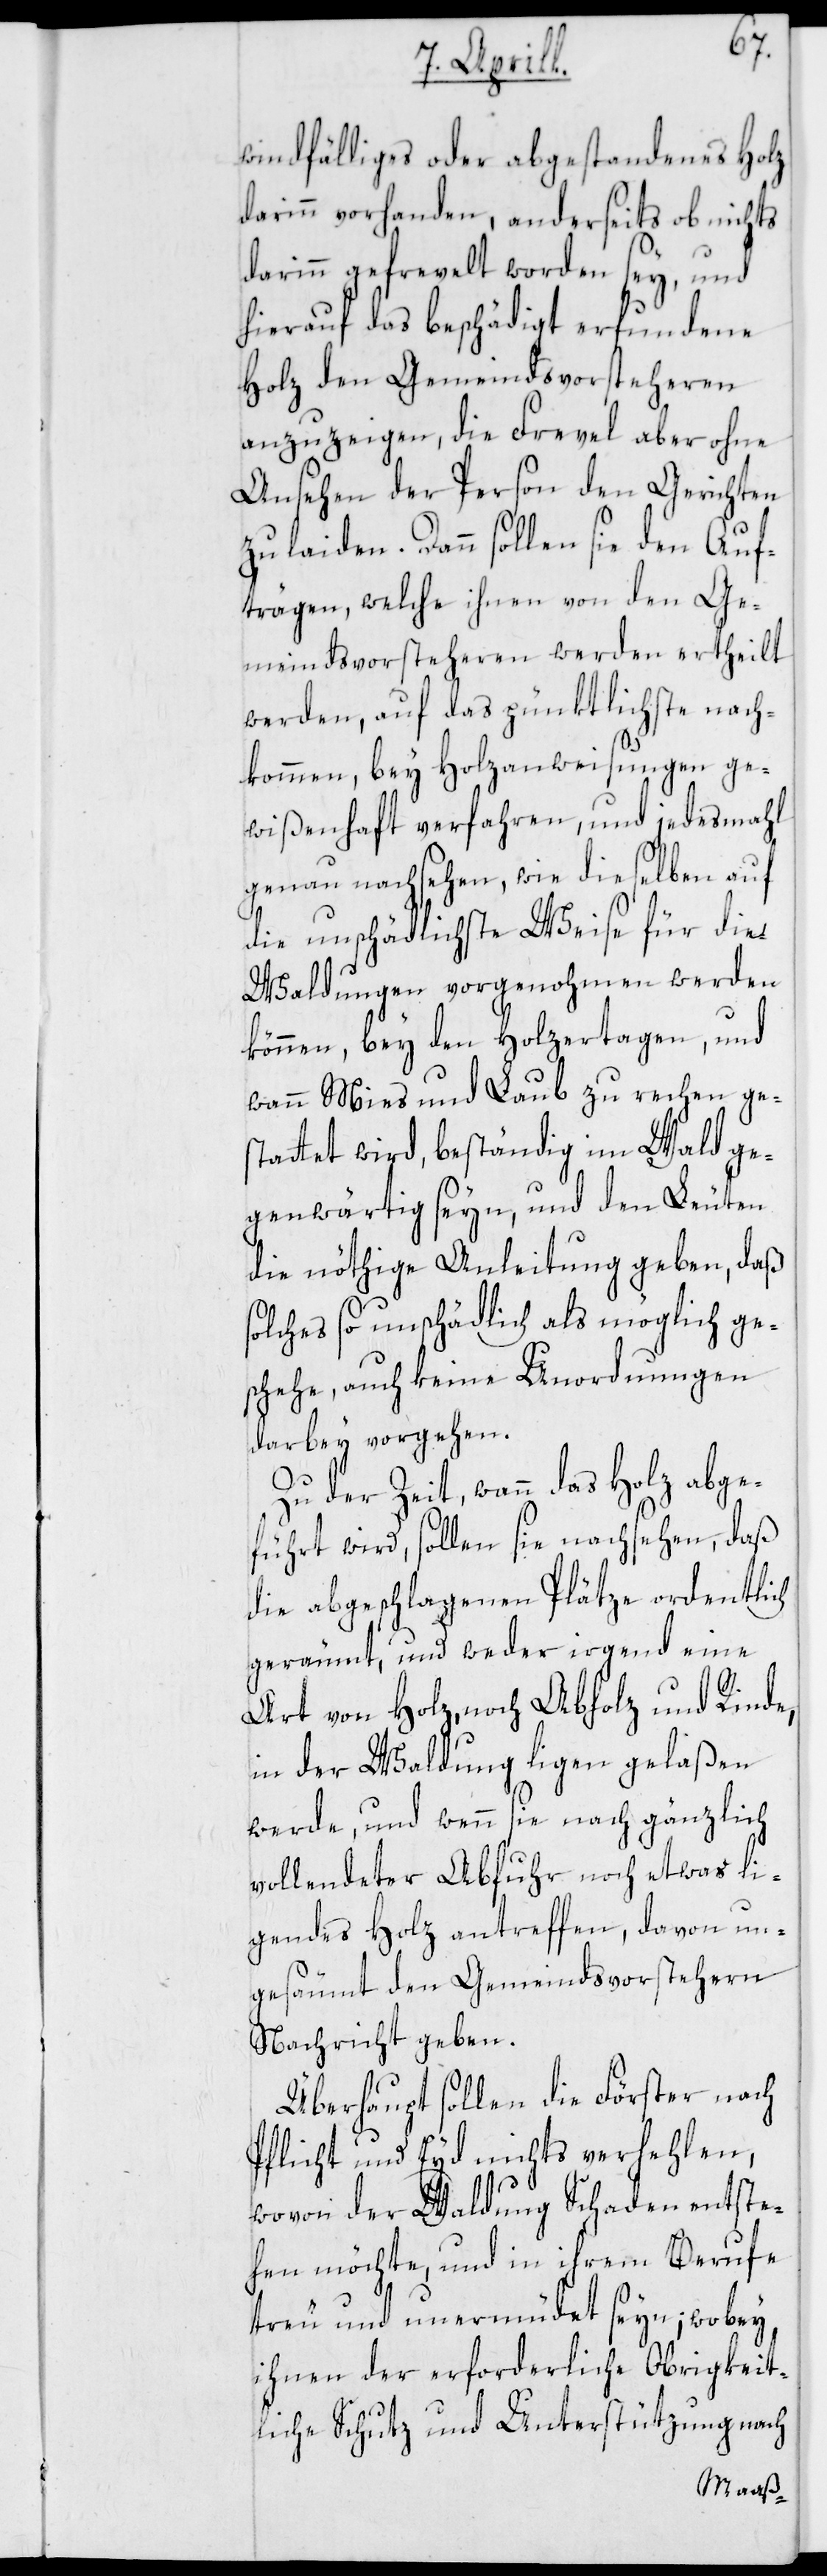
windfälliges oder abgestandenes Holz
darinn vorhanden, anderseits ob nichts
darinn gefrevelt worden sey, und
hierauf das beschädigt erfundene
Holz den Gemeindsvorsteheren
anzuzeigen, die Frevel aber ohne
Ansehen der Person den Gerichten
zu laiden. Dann sollen sie den Auf¬
trägen, welche ihnen von den Ge¬
meindsvorsteheren werden ertheilt
werden, auf das pünktlichste nach¬
kommen, bey Holzanweisungen ge¬
wißenhaft verfahren, und jedesmahl
genau nachsehen, wie dieselben auf
die unschädlichste Weise für die
Waldungen vorgenohmen werden
können, bey den Holzertagen, und
wann Mies und Laub zu rechen ge¬
stattet wird, beständig im Wald ge¬
genwärtig seyn, und den Leuten
die nöthige Anleitung geben, daß
olches so unschädlich als möglich ge¬
schehe, auch keine Unordnungen
darbey vorgehen.
Zu der Zeit, wann das Holz abge¬
führt wird, sollen sie nachsehen, daß
die abgeschlagenen Plätze ordentlich
geräumt, und weder irgend eine
Art von Holz, noch Abholz und Rinde,
in der Waldung ligen gelaßen
werde, und wenn sie nach gänzlich
vollendeter Abfuhr noch etwas li¬
gendes Holz antreffen, davon un¬
gesäumt den Gemeindsvorstehern
Nachricht geben.
Überhaupt sollen die Förster nach
Pflicht und Eyd nichts verhehlen,
s¬
wovon der Waldung Schaden entste¬
hen möchte, und in ihrem Berufe
treu und unermüdet seyn; wobey
ihnen der erforderliche Obrigkeit¬
liche Schutz und Unterstützung nach